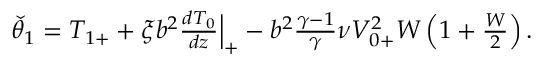
\begin{array} { r } { \check { \theta } _ { 1 } = { T } _ { 1 + } + \xi b ^ { 2 } \frac { d { T } _ { 0 } } { d z } \Big | _ { + } - b ^ { 2 } \frac { \gamma - 1 } { \gamma } \nu { V } _ { 0 + } ^ { 2 } W \left( 1 + \frac { W } { 2 } \right) . } \end{array}